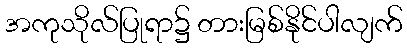
အကုသိုလ်ပြုရာ၌ တားမြစ်နိုင်ပါလျက်